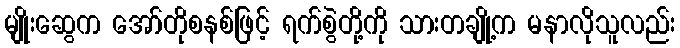
မျိုးဆွေက အော်တိုစနစ်ဖြင့် ရက်စွဲတို့ကို သားတချို့က မနာလိုသူလည်း